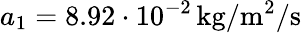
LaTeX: a_{1}=8.92\cdot 10^{-2}\, \mathrm{kg/m^{2}/s}